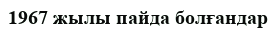
1967 жылы пайда болғандар